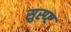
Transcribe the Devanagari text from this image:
सुस्प्ष्ट